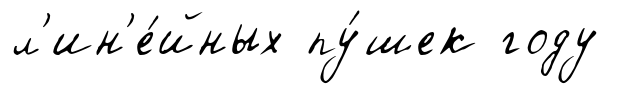
л'ин'е́йных пу́шек году